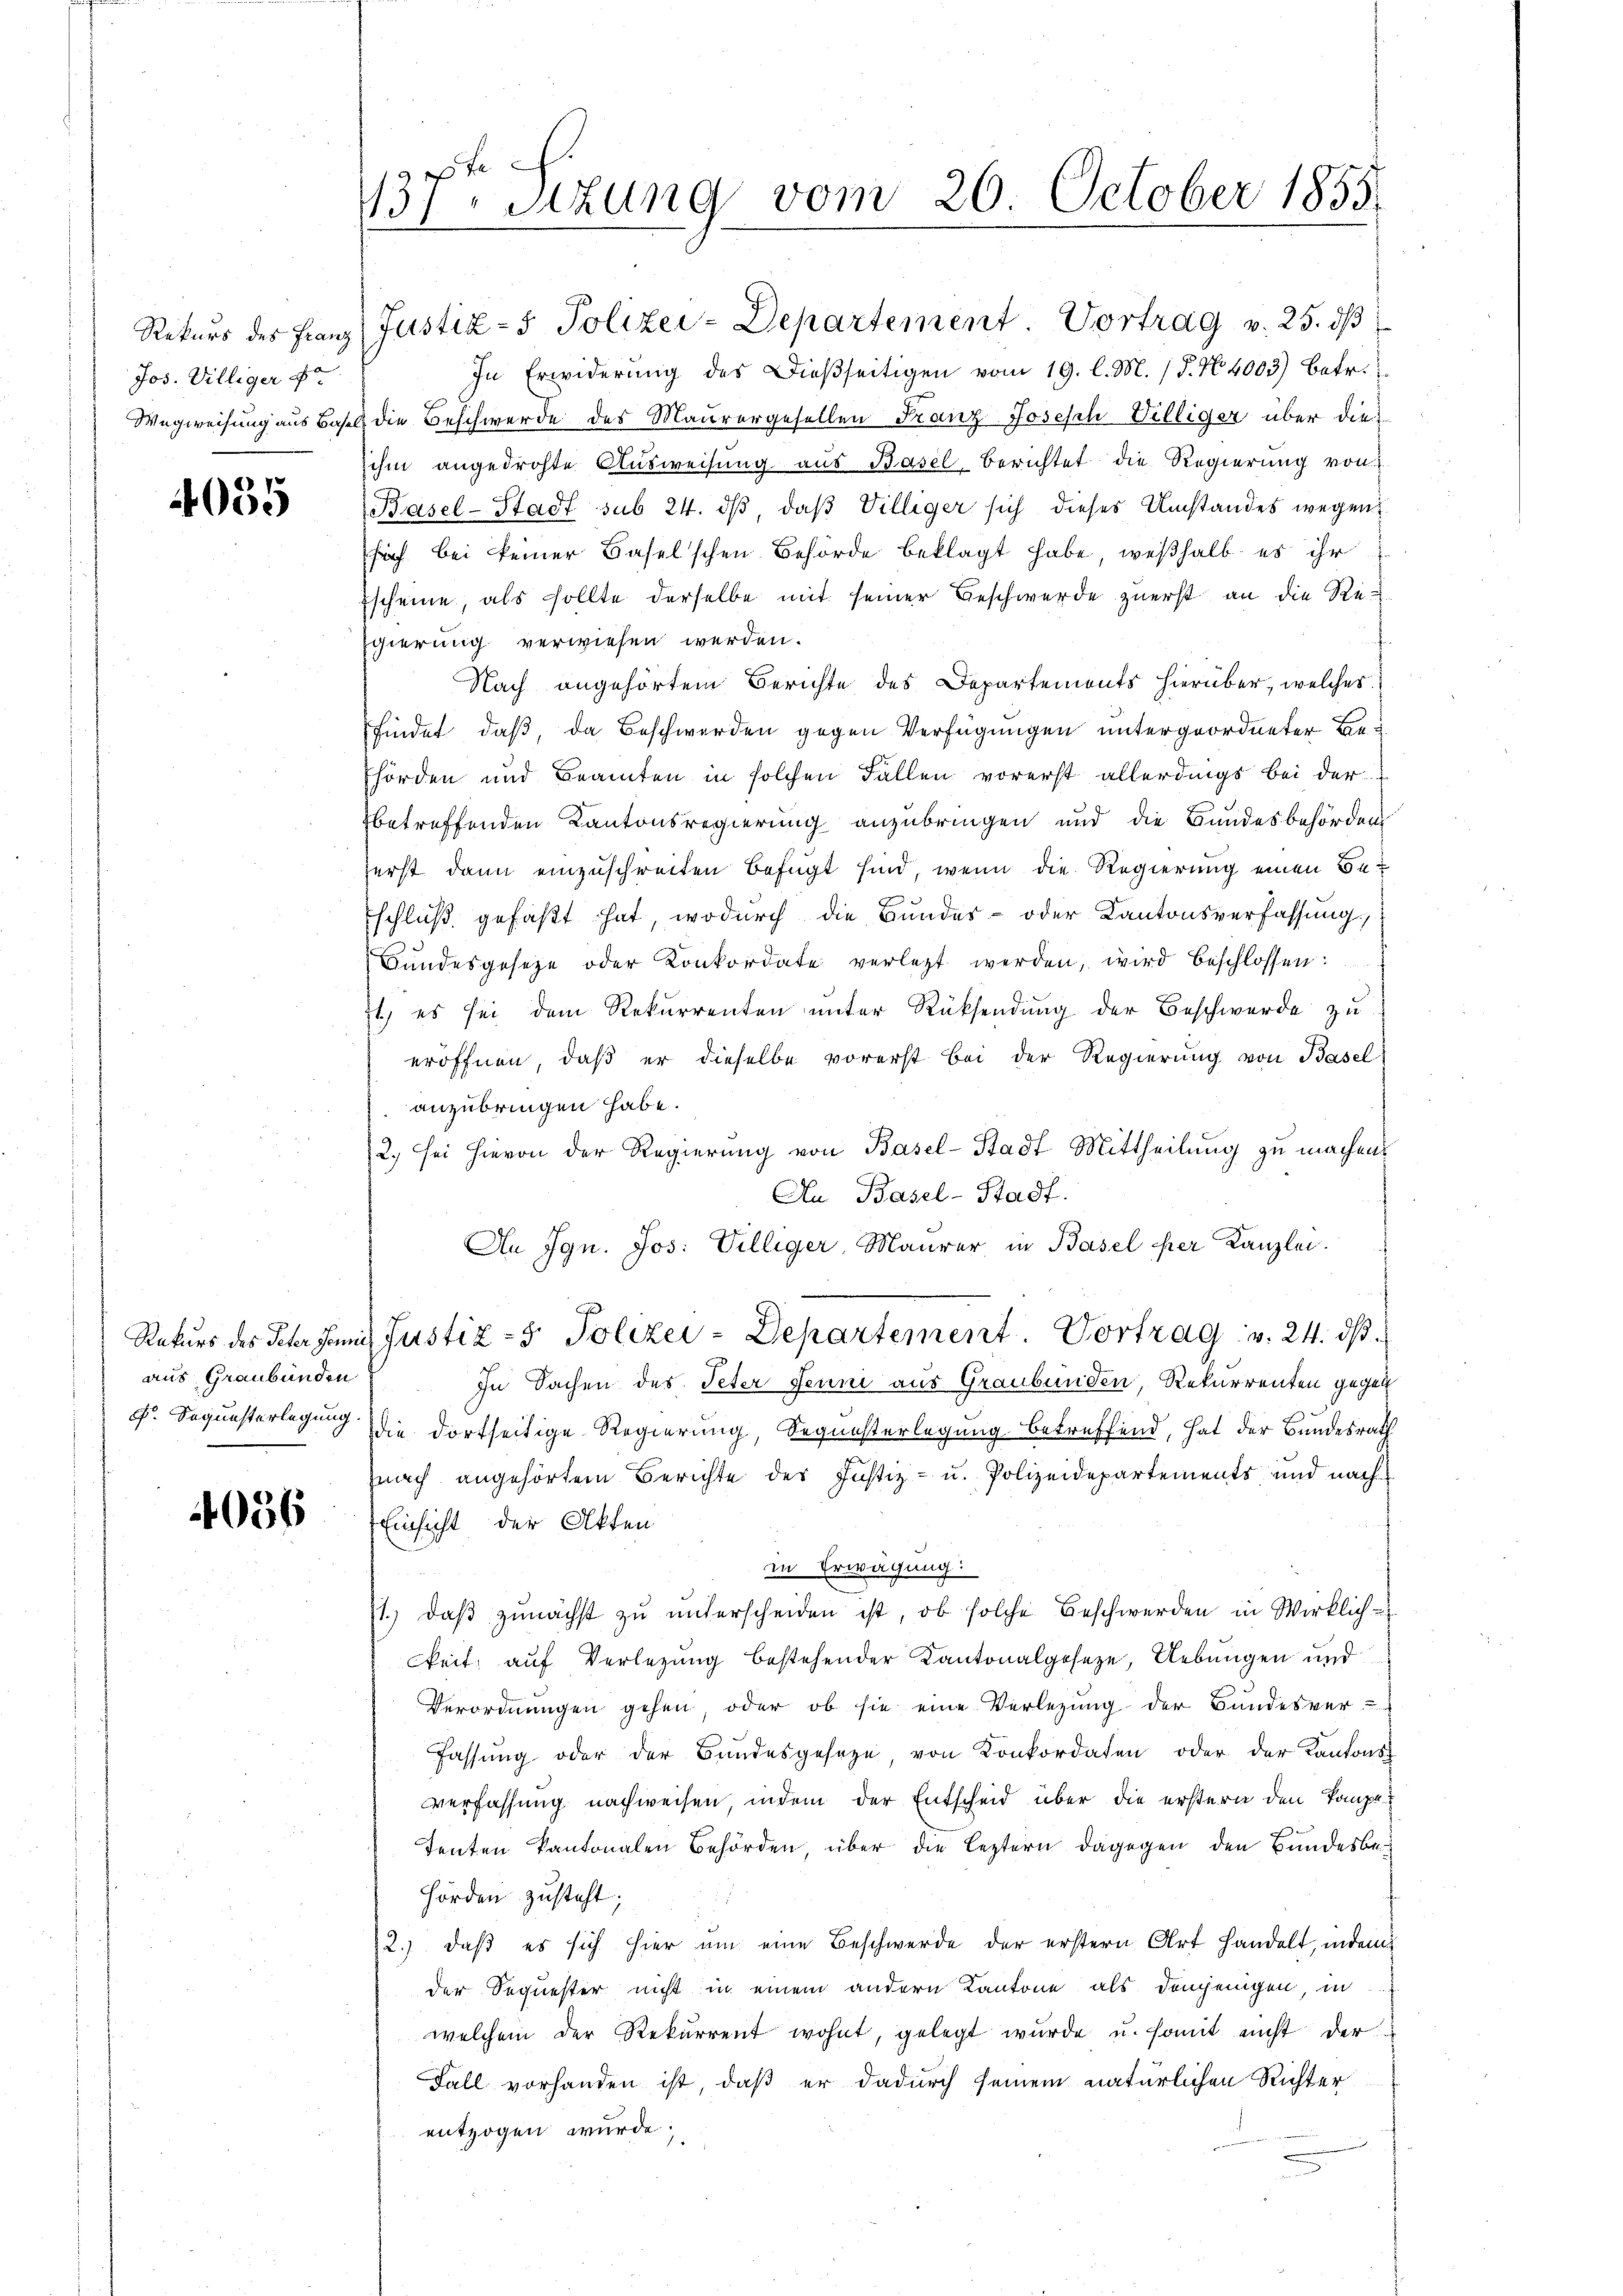
Rekurs des Franz
Jos. Villiger F
Wegweisung aus Basel

4035

aus Graubünden
F. Sequesterlegung.

4036

te
137. Sitzung vom 20. October 1858.

Justiz- & Polizei-Departement. Vortrag v. 25. dβ
In Erwiderŭng des Dießseitigen vom 19. l. M. (§. N. 4003) betr.
die Beschwerde des Maurergesellen Franz Joseph Villiger über die
ihm angedrohte Ausweisung aus Basel berichtet die Regierung von
Basel-Stadt sub 24. dβ, daß Villiger sich dieses Umstandes wegen
sich bei keiner Baselschen Behörde beklagt habe, weßhalb es ihr
Escheine, als sollte derselbe mit seiner Beschwerde zuerst an die Re¬
Egierung verwiesen werden.
Nach angehörtem Berichte des Departements hierüber, welches
findet, daß, da Beschwerden gegen Verfügungen untergeordneter Behörden und Beamten in solchen Fällen vorerst allerdings bei der
betreffenden Kantonsregierung anzubringen und die Bundesbehörden
ferst dann einzuschreiten befugt sind, wenn die Regierung einen Beschluß gefaßt hat, wodurch die Bundes- oder Kantonsverfassung,
Bŭndesgesetze oder Konkordate verletzt werden, wird beschlossen:
1) es sei dem Rekurrenten unter Rücksendung der Beschwerde zu
eröffnen, daß er dieselbe vorerst bei der Regierung von Basel
anzubringen habe.
2) sei hievon der Regierung von Basel-Stadt Mittheilung zu machens
Au Basel-Stadt.
An Jgn. Jos. Villiger, Maurer in Basel der Kanzlei.
A
Rekurs des Peter sei Justiz- & Polizei-Departement. Vortrag v. 24. dβ.
In Sachen des Peter Jenni aus Graubünden, Rekurrenten gegen
die dortseitige Regierung, Sequesterlegung betreffend, hat der Bundesrath
nach angehörtem Berichte des Justiz- u. Polizeidepartements und nach
Einsicht der Akten
in Erwägung:
11. daβ zŭnächst zŭ ŭnterscheiden ist, ob solche Beschwerden in Wirklich-
ckeit, auf Verlegung bestehender Kantonalgeseze, Uebungen und
Verordnungen gehen, oder ob sie eine Verlegung der Bundesver-
Fassung oder der Bundesgeseze von Konkordaten oder der Kantons
verfassung nachweisen, indem der Entscheid über die erstern den Tanzen
Tenten kantonalen Behörden, über die leztern dagegen den Bundesbe¬
Hörden zusteht;
2.) daß es sich hier um eine Beschwerde der erstern Art handelt, indem
der Sequester nicht in einem andern Kantone als demjenigen, in
welchem der Rekurrent wohnt, gelegt wurde u. somit nicht der
Fall vorhanden ist, daß er dadurch seinem natürlichen Richter
entzogen wurde.